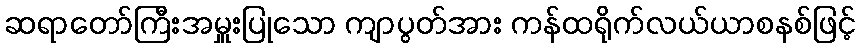
ဆရာတော်ကြီးအမှူးပြုသော ကျာပွတ်အား ကန်ထရိုက်လယ်ယာစနစ်ဖြင့်